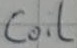
Text: Coil